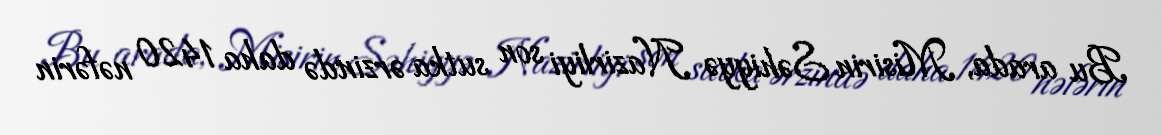
Bu arada, Misirin Səhiyyə Nazirliyi son sutka ərzində daha 1420 nəfərin